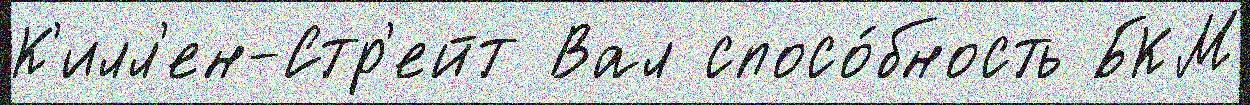
К'илл'ен-Стр'ейт Вал спосо́бность БКМ